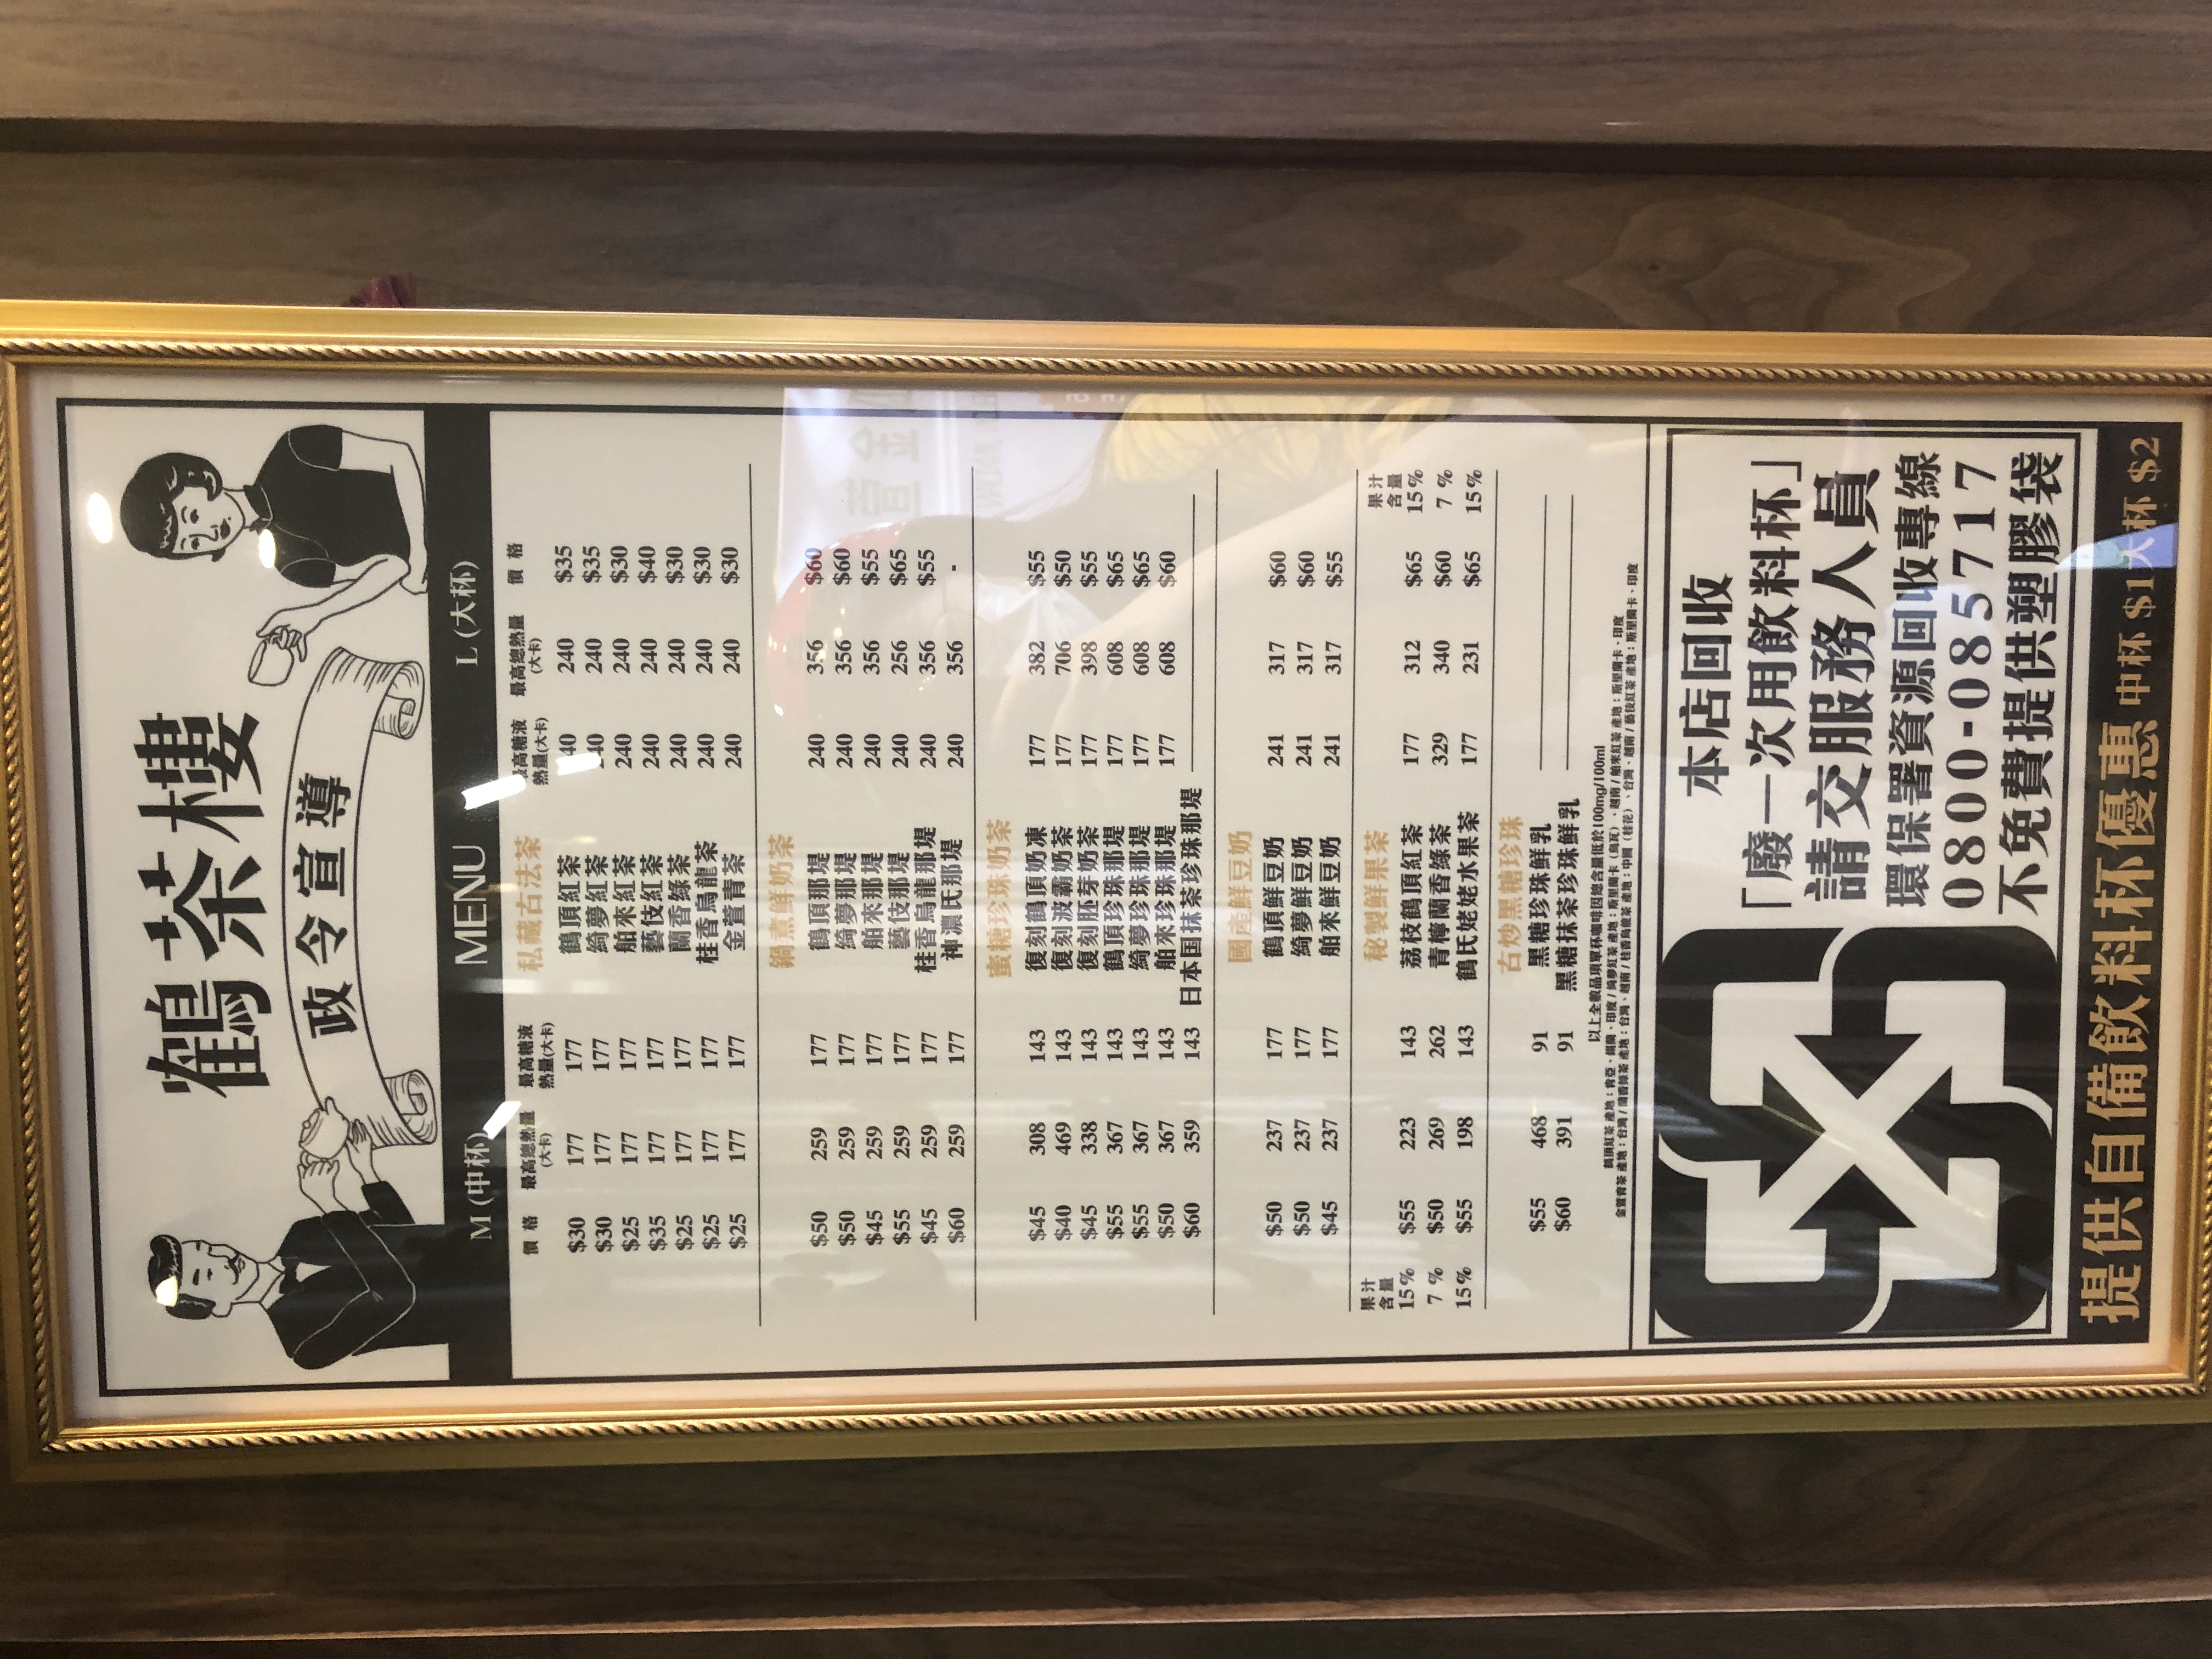
餐廳：鶴橋茶樓
電話：0800-085717
菜單：
name: 鶴頂紅茶
price: M: $30, L: $40
name: 綺夢紅茶
price: M: $30, L: $40
name: 船來紅茶
price: M: $25, L: $30
name: 藝伎紅茶
price: M: $35, L: $45
name: 蘭香綠茶
price: M: $35, L: $45
name: 桂香烏龍茶
price: M: $25, L: $30
name: 金萱青茶
price: M: $25, L: $30
name: 鶴頂那堤
price: M: $50, L: $60
name: 綺夢那堤
price: M: $50, L: $60
name: 船來那堤
price: M: $45, L: $55
name: 藝伎那堤
price: M: $55, L: $65
name: 桂香烏龍那堤
price: M: $55, L: $65
name: 神濃氏那堤
price: M: $60, L: $55
name: 鶴頂鮮豆奶
price: M: $50, L: $55
name: 綺夢鮮豆奶
price: M: $50, L: $55
name: 船來鮮豆奶
price: M: $45, L: $50
name: 荔枝鶴頂紅茶
price: M: $55, L: $60
name: 青檸蘭香綠茶
price: M: $50, L: $55
name: 鶴氏妃嬪水果茶
price: M: $55, L: $60
name: 黑糖珍珠鮮乳
price: M: $55, L: $60
name: 黑糖抹茶珍珠鮮乳
price: M: $60, L: -1